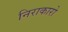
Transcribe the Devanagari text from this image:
निराकारो